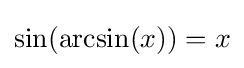
\sin(\arcsin(x))=x